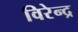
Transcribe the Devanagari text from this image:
विरेन्‍द्र